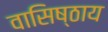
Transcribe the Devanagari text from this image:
वासिष्ठाय